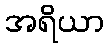
အရိယာ